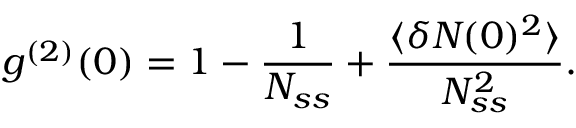
g ^ { ( 2 ) } ( 0 ) = 1 - \frac { 1 } { N _ { s s } } + \frac { \langle \delta N _ { } ( 0 ) ^ { 2 } \rangle } { N _ { s s } ^ { 2 } } .